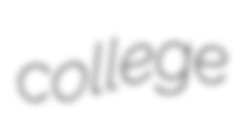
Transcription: college